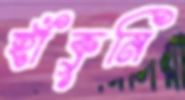
হাঁকুনি